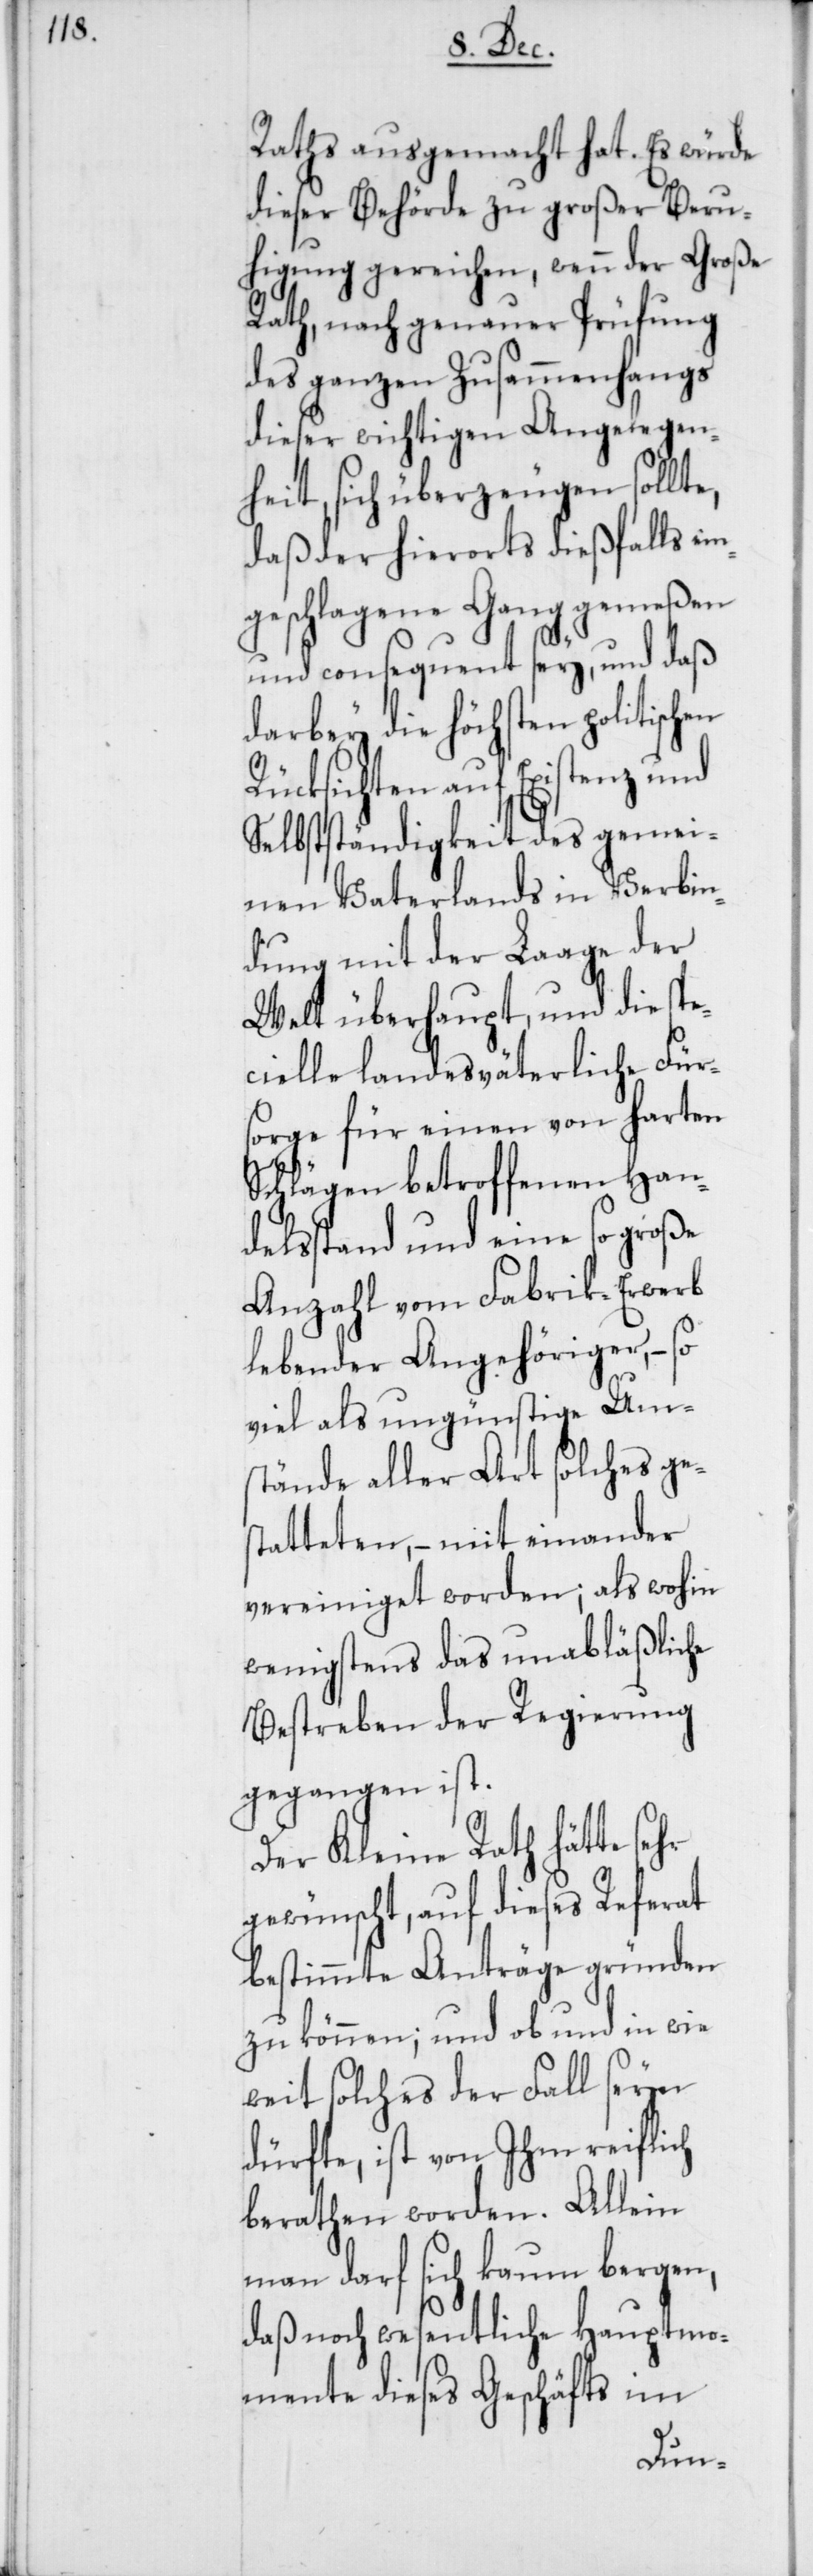
en

Raths ausgemacht hat. Es würde
dieser Behörde zu großer Beru¬
higung gereichen, wenn der Große
Rath, nach genauer Prüfung
des ganzen Zusammenhangs
dieser wichtigen Angelegen¬
heit, sich überzeugen sollt¬
daß der hierorts dießfalls ei¬
ngeschlagene Gang gemeßen
und consequent sey, und daß
darbey die höchsten politisch¬
Rüksichten auf Existenz und
Selbständigkeit des gemei¬
nen Vaterlands in Verbin¬
dung mit der Laage der
Welt überhaupt, und die spe¬
cielle landesväterliche Für¬
sorge für einen von harten
Schlägen betroffenen Han¬
delsstand und eine so große
Anzahl vom Fabrik-Erwerb
lebender Angehöriger, – so
viel als ungünstige Ums¬
tände aller Art solches ge¬
statteten, – mit einander
vereiniget worden; als wohin
wenigstens das unabläßliche
Bestreben der Regierung
gegangen ist.
Der Kleine Rath hätte sehr
gewünscht, auf dieses Referat
bestimmte Anträge gründen
zu können; und ob und in wie
weit solches der Fall seyn
dürfte, ist von Ihm reiflich
berathen worden. Allein
man darf sich kaum bergen,
daß noch wesentliche Hauptmo¬
mente dieses Geschäfts im